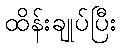
ထိန်းချုပ်ပြီး